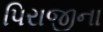
પિરાજીના